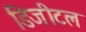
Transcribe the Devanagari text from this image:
डिजीटल